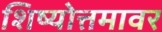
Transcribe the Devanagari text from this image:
शिष्योत्तमावर